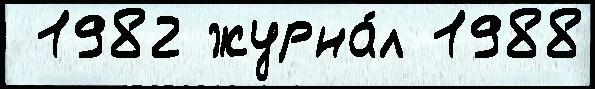
 1982 журна́л 1988